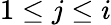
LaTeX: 1\le j\le i